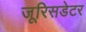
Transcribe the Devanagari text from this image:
जूरिसडेटर